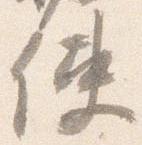
使